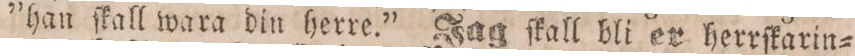
”han ſkall wara din herre.” Jag ſkall bli er herrſkarin=